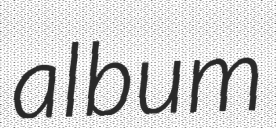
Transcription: album